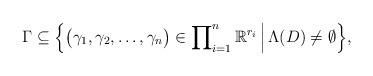
LaTeX: \begin{align*}\Gamma \subseteq \Bigl \{\bigl(\gamma_1, \gamma_2, \ldots, \gamma_n\bigr) \in \prod\nolimits_{i=1}^n \mathbb{R}^{r_i}\, \Bigl \lvert\,\Lambda(D) \neq \emptyset \Bigr\}, \end{align*}